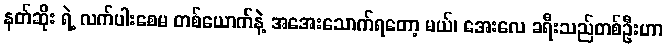
နတ်ဆိုး ရဲ့ လက်ပါးစေမ တစ်ယောက်နဲ့ အအေးသောက်ရတော့ မယ်၊ အေးလေ ခရီးသည်တစ်ဦးဟာ